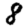
Digit: 8